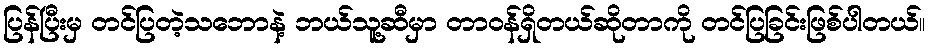
ပြန်ပြီးမှ တင်ပြတဲ့သဘောနဲ့ ဘယ်သူ့ဆီမှာ တာဝန်ရှိတယ်ဆိုတာကို တင်ပြခြင်းဖြစ်ပါတယ်။